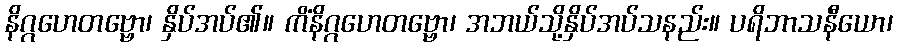
နိဂ္ဂဟေတဗ္ဗော၊ နှိပ်အပ်၏။ ကိံနိဂ္ဂဟေတဗ္ဗော၊ အဘယ်သို့နှိပ်အပ်သနည်း။ ပရိဘာသနီယော၊